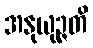
အနုယုဉ္ဇတိ